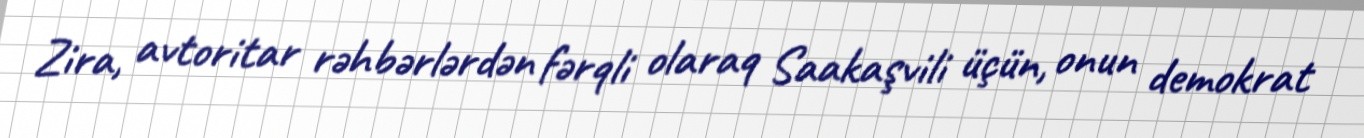
Zira, avtoritar rəhbərlərdən fərqli olaraq Saakaşvili üçün, onun demokrat